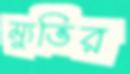
ম্যুভির